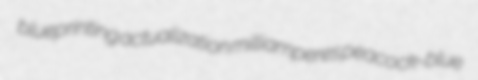
blueprinting actualization milliamperes peacock-blue